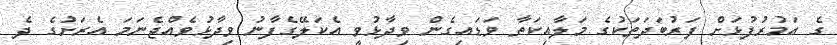
ގެ އަމުރުފުޅަށް ފަރުބަދަތަކުގެ މަލާއިކަތާ ވަޑައިގެން ވިދާޅުވީ އެކަލޭގެފާނު ވިދާޅުވެއްޖެނަމަ އެރަށުގެ ދެ